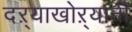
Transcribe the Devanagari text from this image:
दऱ्याखोऱ्यानी